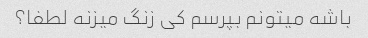
باشه میتونم بپرسم کی زنگ میزنه لطفا؟